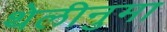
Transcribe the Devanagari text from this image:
थेलीनुमा